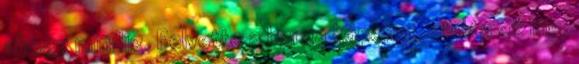
ahogy mindig. Felvette a barna köpenyt, alatta az ing,